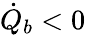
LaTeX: \dot{Q}_{b}<0